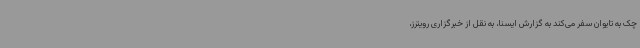
چک به تایوان سفر می‌کند به گزارش ایسنا، به نقل از خبرگزاری رویترز،